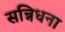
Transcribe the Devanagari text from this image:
सन्निधना